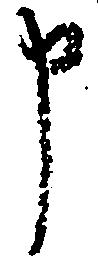
申